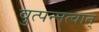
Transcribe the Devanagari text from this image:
वुत्पन्नत्वात्